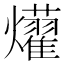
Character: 𤒽